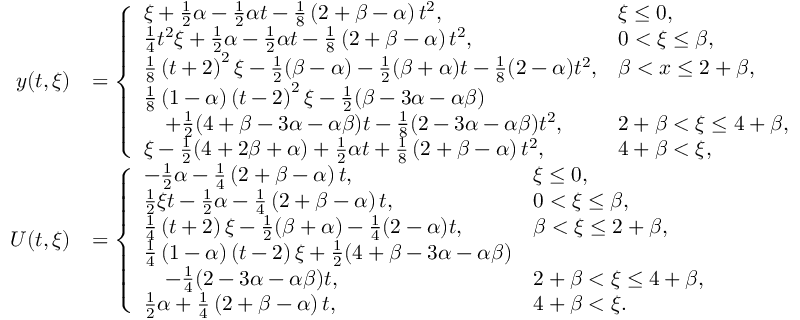
\begin{array} { r l } { y ( t , \xi ) } & { = \left\{ \begin{array} { l l } { \xi + \frac 1 2 \alpha - \frac 1 2 \alpha t - \frac 1 8 \left( 2 + \beta - \alpha \right) t ^ { 2 } , } & { \xi \leq 0 , } \\ { \frac { 1 } { 4 } t ^ { 2 } \xi + \frac 1 2 \alpha - \frac 1 2 \alpha t - \frac 1 8 \left( 2 + \beta - \alpha \right) t ^ { 2 } , } & { 0 < \xi \leq \beta , } \\ { \frac { 1 } { 8 } \left( t + 2 \right) ^ { 2 } \xi - \frac 1 2 ( \beta - \alpha ) - \frac 1 2 ( \beta + \alpha ) t - \frac 1 8 ( 2 - \alpha ) t ^ { 2 } , } & { \beta < x \leq 2 + \beta , } \\ { \frac { 1 } { 8 } \left( 1 - \alpha \right) \left( t - 2 \right) ^ { 2 } \xi - \frac 1 2 ( \beta - 3 \alpha - \alpha \beta ) } \\ { \quad + \frac 1 2 ( 4 + \beta - 3 \alpha - \alpha \beta ) t - \frac 1 8 ( 2 - 3 \alpha - \alpha \beta ) t ^ { 2 } , } & { 2 + \beta < \xi \leq 4 + \beta , } \\ { \xi - \frac 1 2 ( 4 + 2 \beta + \alpha ) + \frac 1 2 \alpha t + \frac 1 8 \left( 2 + \beta - \alpha \right) t ^ { 2 } , } & { 4 + \beta < \xi , } \end{array} \right. } \\ { U ( t , \xi ) } & { = \left\{ \begin{array} { l l } { - \frac { 1 } { 2 } \alpha - \frac 1 4 \left( 2 + \beta - \alpha \right) t , } & { \xi \leq 0 , } \\ { \frac { 1 } { 2 } \xi t - \frac { 1 } { 2 } \alpha - \frac 1 4 \left( 2 + \beta - \alpha \right) t , } & { 0 < \xi \leq \beta , } \\ { \frac { 1 } { 4 } \left( t + 2 \right) \xi - \frac 1 2 ( \beta + \alpha ) - \frac 1 4 ( 2 - \alpha ) t , } & { \beta < \xi \leq 2 + \beta , } \\ { \frac { 1 } { 4 } \left( 1 - \alpha \right) \left( t - 2 \right) \xi + \frac 1 2 ( 4 + \beta - 3 \alpha - \alpha \beta ) } \\ { \quad - \frac 1 4 ( 2 - 3 \alpha - \alpha \beta ) t , } & { 2 + \beta < \xi \leq 4 + \beta , } \\ { \frac { 1 } { 2 } \alpha + \frac 1 4 \left( 2 + \beta - \alpha \right) t , } & { 4 + \beta < \xi . } \end{array} \right. } \end{array}